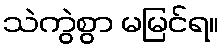
သဲကွဲစွာ မမြင်ရ။